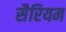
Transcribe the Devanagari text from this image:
सैरियम